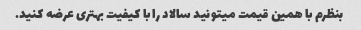
بنظرم با همین قیمت میتونید سالاد را با کیفیت بهتری عرضه کنید.